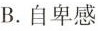
B.自卑感